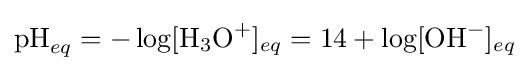
{\mathrm {pH} }_{eq}=-\log[{\mathrm {H} {\vphantom {A}}_{\smash[{t}]{3}}\mathrm {O} {\vphantom {A}}^{+}}]_{eq}=14+\log[{\mathrm {OH} {\vphantom {A}}^{-}}]_{eq}